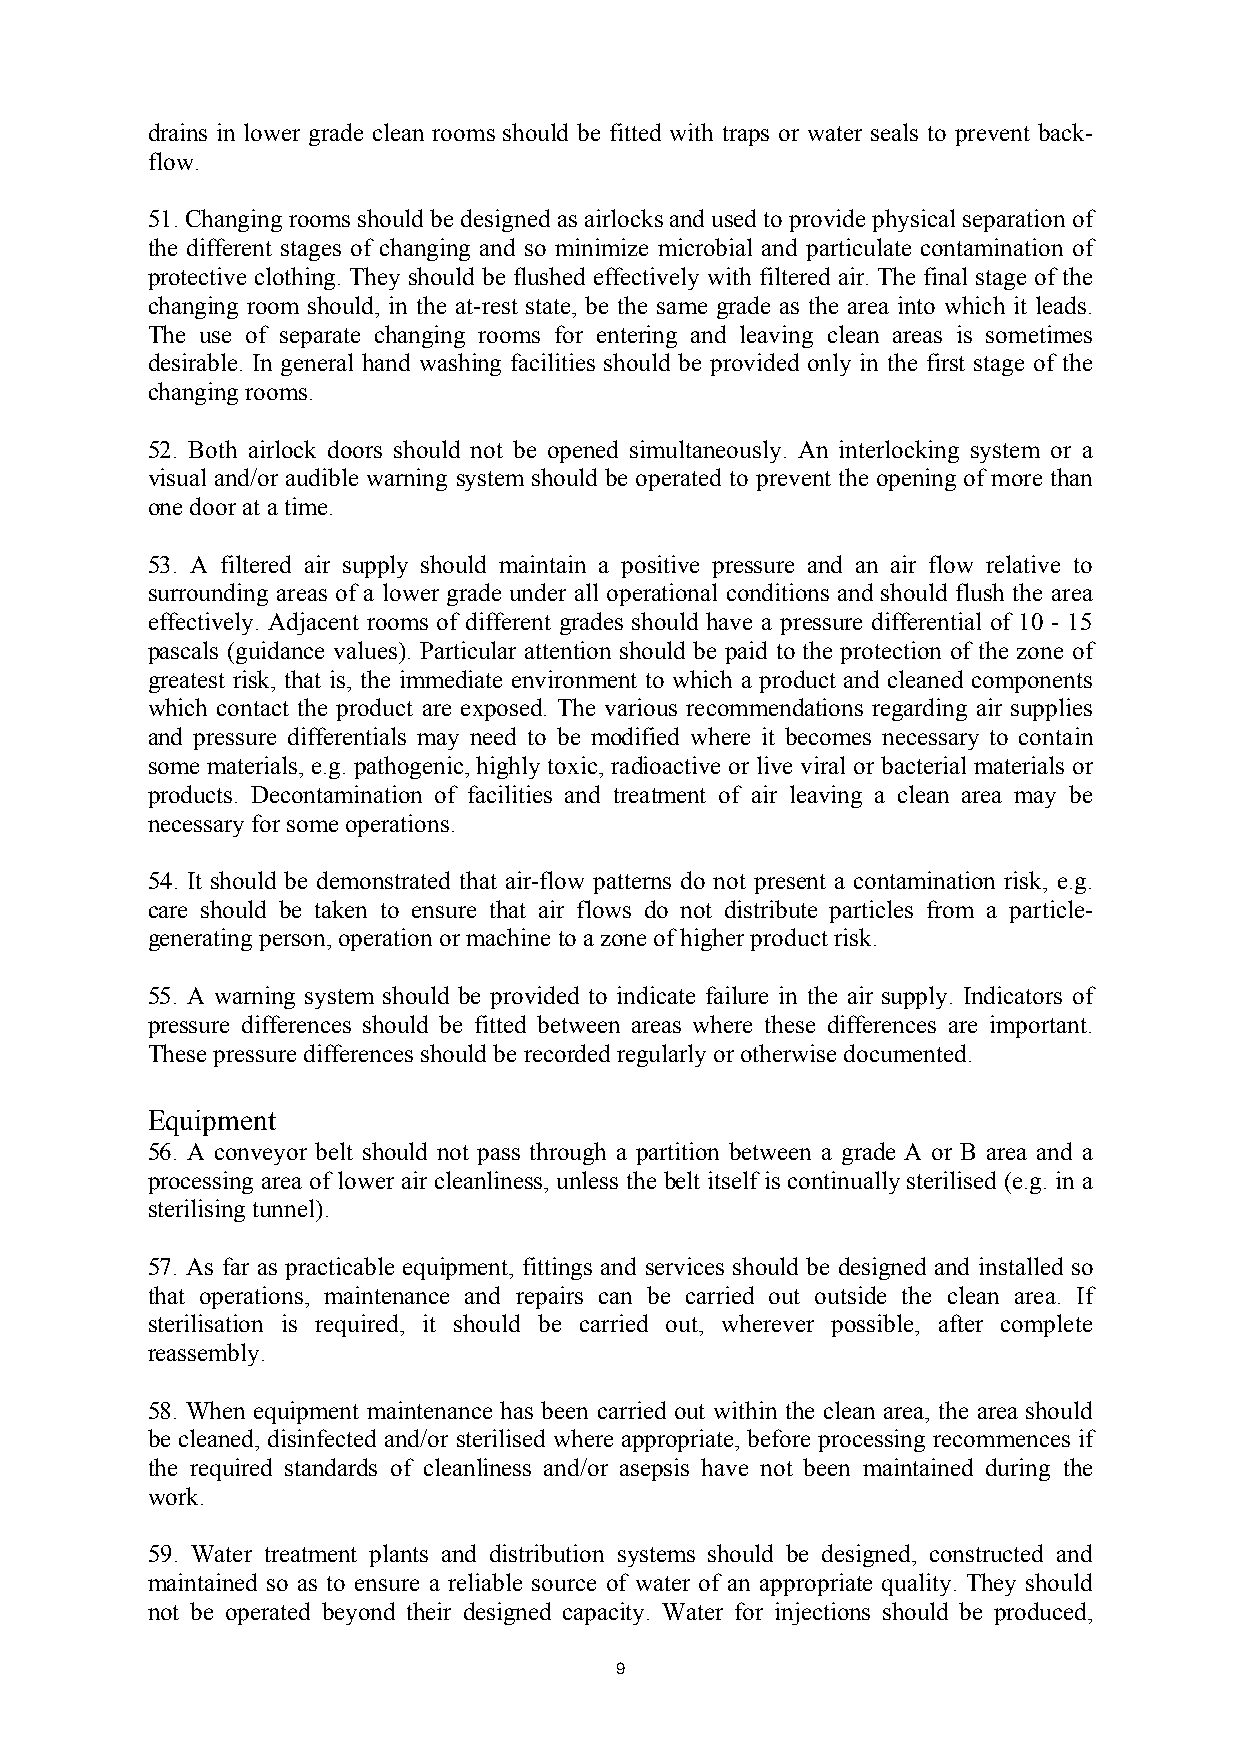
drains in lower grade clean rooms should be fitted with traps or water seals to prevent back-
 flow.
 51. Changing rooms should be designed as airlocks and used to provide physical separation of
 the different stages of changing and so minimize microbial and particulate contamination of
 protective clothing. They should be flushed effectively with filtered air. The final stage of the
 changing room should, in the at-rest state, be the same grade as the area into which it leads.
 The use of separate changing rooms for entering and leaving clean areas is sometimes
 desirable. In general hand washing facilities should be provided only in the first stage of the
 changing rooms.
 52. Both airlock doors should not be opened simultaneously. An interlocking system or a
 visual and/or audible warning system should be operated to prevent the opening of more than
 one door at a time.
 53. A filtered air supply should maintain a positive pressure and an air flow relative to
 surrounding areas of a lower grade under all operational conditions and should flush the area
 effectively. Adjacent rooms of different grades should have a pressure differential of 10 - 15
 pascals (guidance values). Particular attention should be paid to the protection of the zone of
 greatest risk, that is, the immediate environment to which a product and cleaned components
 which contact the product are exposed. The various recommendations regarding air supplies
 and pressure differentials may need to be modified where it becomes necessary to contain
 some materials, e.g. pathogenic, highly toxic, radioactive or live viral or bacterial materials or
 products. Decontamination of facilities and treatment of air leaving a clean area may be
 necessary for some operations.
 54. It should be demonstrated that air-flow patterns do not present a contamination risk, e.g.
 care should be taken to ensure that air flows do not distribute particles from a particle-
 generating person, operation or machine to a zone of higher product risk.
 55. A warning system should be provided to indicate failure in the air supply. Indicators of
 pressure differences should be fitted between areas where these differences are important.
 These pressure differences should be recorded regularly or otherwise documented.
 Equipment
 56. A conveyor belt should not pass through a partition between a grade A or B area and a
 processing area of lower air cleanliness, unless the belt itself is continually sterilised (e.g. in a
 sterilising tunnel).
 57. As far as practicable equipment, fittings and services should be designed and installed so
 that operations, maintenance and repairs can be carried out outside the clean area. If
 sterilisation is required, it should be carried out, wherever possible, after complete
 reassembly.
 58. When equipment maintenance has been carried out within the clean area, the area should
 be cleaned, disinfected and/or sterilised where appropriate, before processing recommences if
 the required standards of cleanliness and/or asepsis have not been maintained during the
 work.
 59. Water treatment plants and distribution systems should be designed, constructed and
 maintained so as to ensure a reliable source of water of an appropriate quality. They should
 not be operated beyond their designed capacity. Water for injections should be produced,
 9